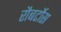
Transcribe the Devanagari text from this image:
रौबर्टोस